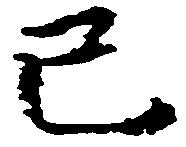
已